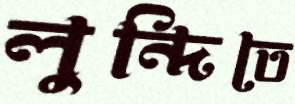
লুন্দিতে